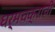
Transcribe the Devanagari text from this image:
धर्मचक्राची